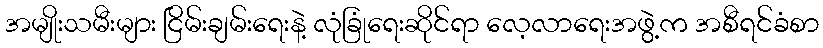
အမျိုးသမီးများ ငြိမ်းချမ်းရေးနဲ့ လုံခြုံရေးဆိုင်ရာ လေ့လာရေးအဖွဲ့က အစီရင်ခံစာ